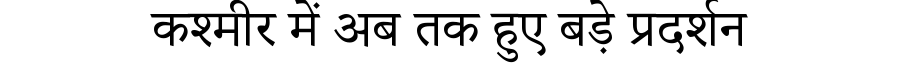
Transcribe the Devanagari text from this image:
कश्मीर में अब तक हुए बड़े प्रदर्शन